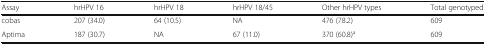
<table><thead><tr><td><b>Assay</b></td><td><b>hrHPV 16</b></td><td><b>hrHPV 18</b></td><td><b>hrHPV 18/45</b></td><td><b>Other hrHPV types</b></td><td><b>Total genotyped</b></td></tr></thead><tbody><tr><td>cobas</td><td>207 (34.0)</td><td>64 (10.5)</td><td>NA</td><td>476 (78.2)</td><td>609</td></tr><tr><td>Aptima</td><td>187 (30.7)</td><td>NA</td><td>67 (11.0)</td><td>370 (60.8)<sup>a</sup></td><td>609</td></tr></tbody></table>